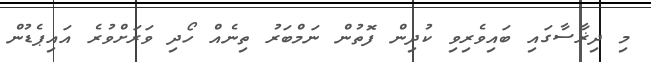
މި ދިޜާސާގައި ބައިވެރިވި ކުދިން ފޮތުން ނަމްބަރު ތިނެއް ހޯދި ވަރަށްވުރެ އައިޕެޑުން